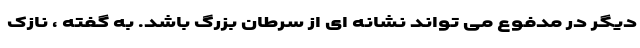
دیگر در مدفوع می تواند نشانه ای از سرطان بزرگ باشد. به گفته ، نازک